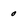
Character: 0